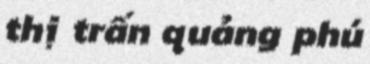
thị trấn quảng phú